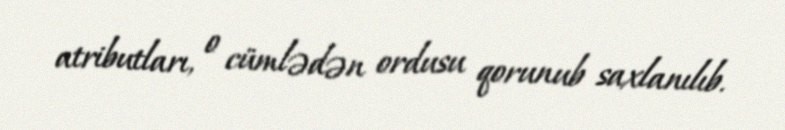
atributları, o cümlədən ordusu qorunub saxlanılıb.